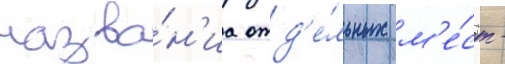
назва́н'иа отд'е́льных м'е́ст -